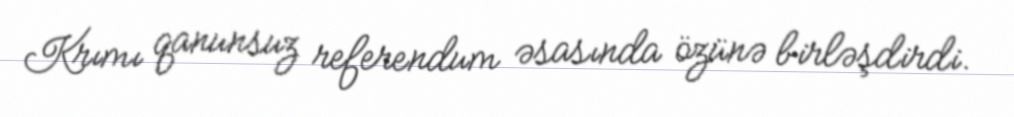
Krımı qanunsuz referendum əsasında özünə birləşdirdi.